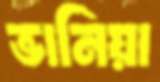
ভানিয়া